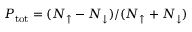
P _ { \mathrm { { t o t } } } = ( N _ { \uparrow } - N _ { \downarrow } ) / ( N _ { \uparrow } + N _ { \downarrow } )